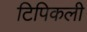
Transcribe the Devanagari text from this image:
टिपिकली